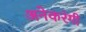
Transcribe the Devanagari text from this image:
अनेकरंगी